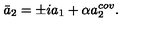
\bar { a } _ { 2 } = \pm i a _ { 1 } + \alpha a _ { 2 } ^ { c o v } .